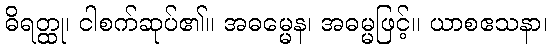
ဓိရတ္ထု၊ ငါစက်ဆုပ်၏။ အဓမ္မေန၊ အဓမ္မဖြင့်။ ယာစဧသနာ၊